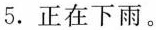
5.正在下雨。